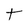
Character: t